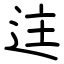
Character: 迬